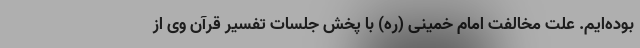
بوده‌ایم. علت مخالفت امام خمینی (ره) با پخش جلسات تفسیر قرآن وی از